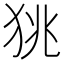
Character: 狣